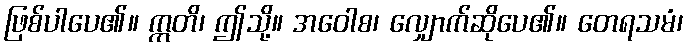
ဖြစ်ပါပေ၏။ ဣတိ၊ ဤသို့။ အဝေါစ၊ လျှောက်ဆိုပေ၏။ တေရသမံ၊